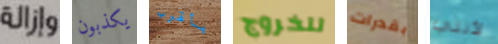
وإزالة يكذبون بأقرب للخروج بقدرات لأنني